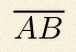
\overline{AB}